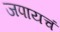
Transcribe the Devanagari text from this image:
जपायचं